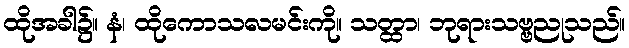
ထိုအခါ၌။ နံ၊ ထိုကောသလမင်းကို။ သတ္ထာ၊ ဘုရားသဗ္ဗညုသည်။